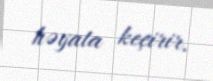
həyata keçirir.